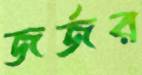
জর্জর